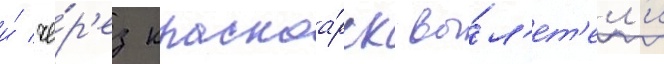
и́ че́р'ез красноа́рск вы́л'ет'ел'и